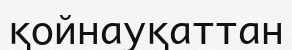
қойнауқаттан